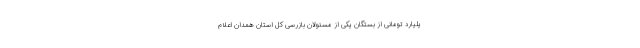
یلیارد تومانی از بستگان یکی از مسئولان بازرسی کل استان همدان اعلام